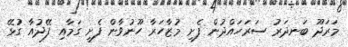
މަރަދޫ ބަނދަރު ސަރަހައްދުން ފެށި މުޒާހަރާ ހޫނުވާން ފެށީ ގަމާއި ފޭދުއާ ގުޅޭ